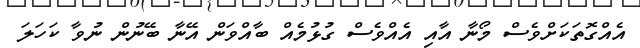
އެއްގޮތަކަށްވެސް މޯނާ އާއި އެއްވެސް ގުޅުމެއް ބާއްވަން އޭނާ ބޭނުން ނުވާ ކަހަލަ